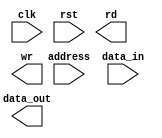
module memory_controller (
    input wire clk,
    input wire rst,
    // Memory module interface
    input wire [31:0] address,
    input wire [31:0] data_in,
    output reg [31:0] data_out,
    output reg rd,
    output reg wr
);

// Address decoding block
always @ (posedge clk or posedge rst) begin
    if (rst) begin
        // Reset logic
    end else begin
        // Address decoding logic
    end
end

// Data buffering block
reg [31:0] buffer;

always @ (posedge clk or posedge rst) begin
    if (rst) begin
        // Reset logic
    end else begin
        // Data buffering logic
    end
end

// Control logic block
always @ (posedge clk or posedge rst) begin
    if (rst) begin
        // Reset logic
    end else begin
        // Control logic
    end
end

endmodule